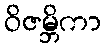
ဝိဇမ္ဘိကာ